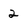
Character: 2